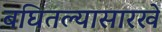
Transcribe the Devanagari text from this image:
बघितल्यासारखे